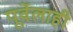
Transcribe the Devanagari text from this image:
पूर्वेलाही